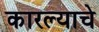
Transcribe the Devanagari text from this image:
कारल्याचे